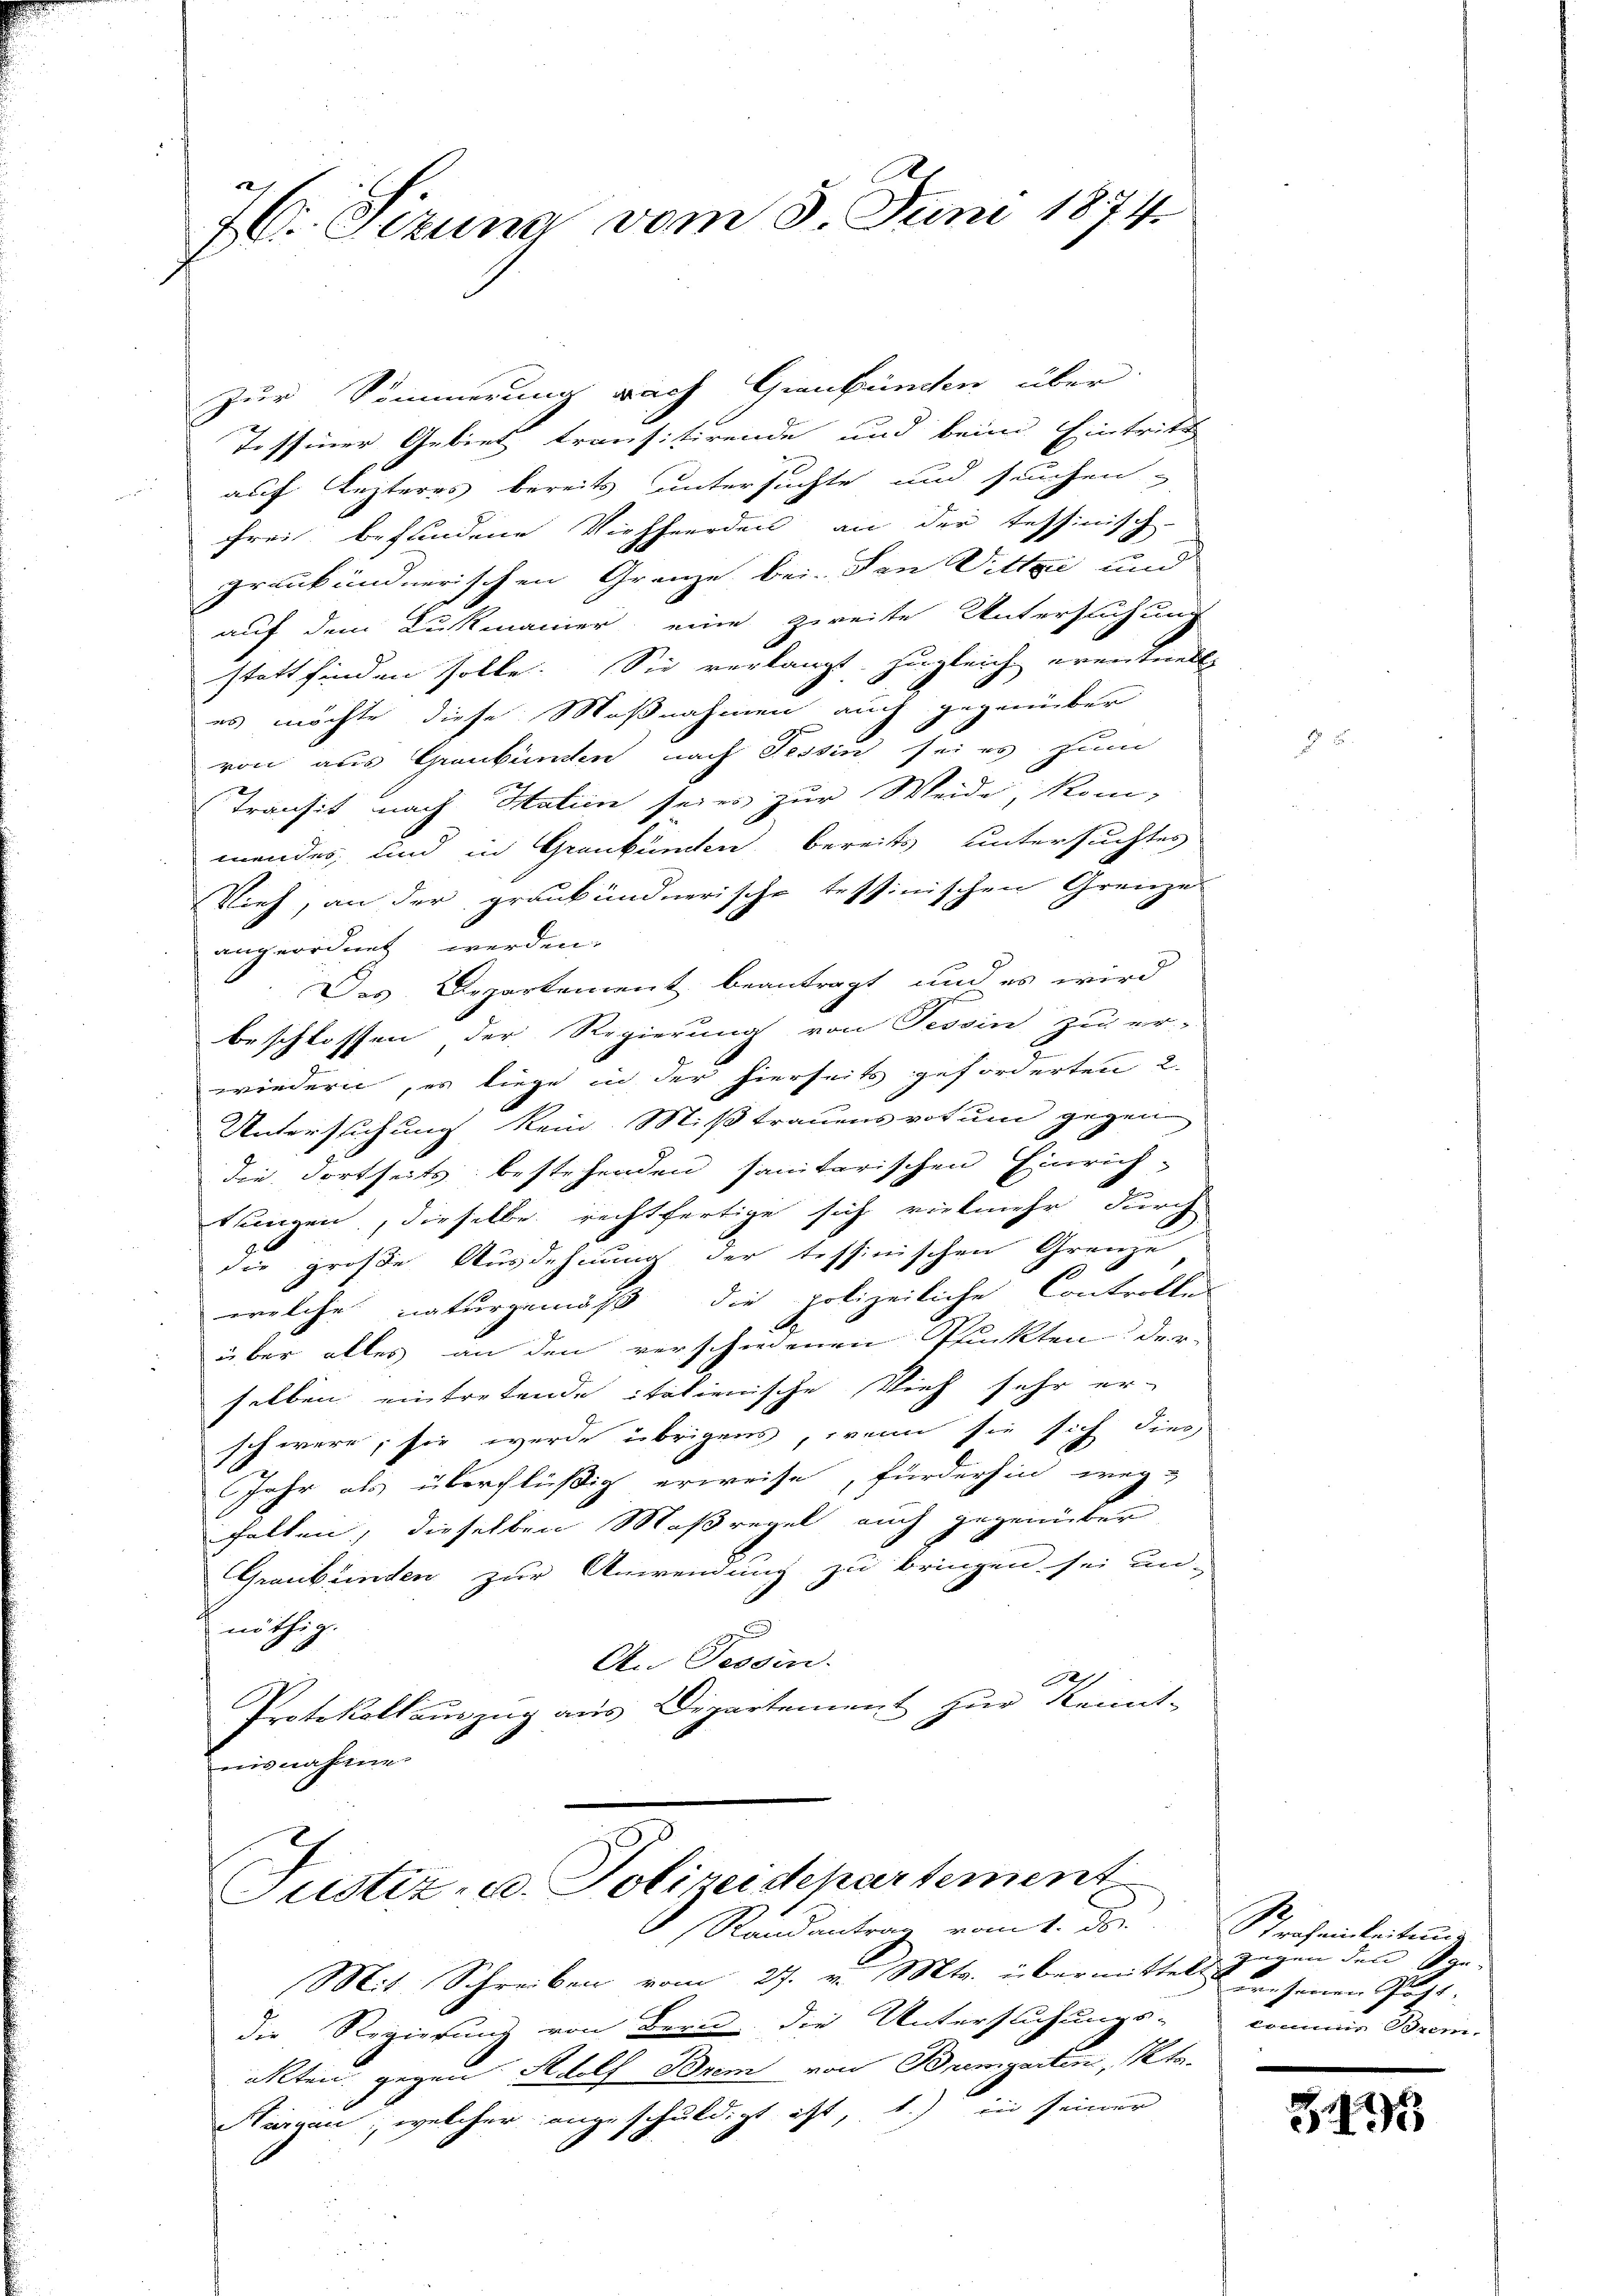
76. Sizung vom 8. Juni 1874.

Zur Simmerung nach Graubünden über
Tessiner Gebiet transitirende und beim Eintritt
auf Lezteres bereits untersuchte und suchen
frei befindene Viehheerden an der tessinisch-
graubündnerischen Grenze bei. Den Wittwe und
auf dem Lukmanier eine zweite Untersuchung
statt finden solle. Sie verlangt, zugleich eventuelle
es möchte diese Maßnahmen auch gegenüber
von aus Graubünden nach Tessin sei es zum
Transit nach Hation seien zur Weide, kom-
mendes, und in Graubünden bereits untersuchtes
Vieh, an der graubündnerische Tessinischen Grenze
angeordnet werden.
Das Departement beantragt, und es wird
beschlossen der Regierung von Tessin zu er-
wiedern, es liege in der hierseits geforderten 2.
Untersuchung kein Mißtrauens votum gegen
die dortseits bestehenden sanitarischen Einrichtungen, dieselbe rechtfertige sich vielmehr durch
die große Ausdehnung der tessinischen Grenze
welche naturgemäß die polizeiliche Controlle
über alles an den verschiedenen Punkten der
selben eintretende italienische Vieh sehr er-
schwere, sie werde übrigens, wenn sie sich dies
Jahr als überflüßig erweise, fürderhin weg-
falten, dieselben Maßregel auch gegenüber
Graubünden zur Anwendung zu bringen sei un-
nöthig.
2
An Tessin.
Das
Protokollauszug aus Departement zur Kennt-
nisnahme
Justiz- u. Polizeidepartement
 Randantrag vom 1. Der
Mit Schreiben vom 27. v. Mts. übermittels gegen den Kan-
die Regierung von Bern die Untersuchungs-
akten gegen Adolf Brem von Bremgarten, Sta
argen, welcher angeschuldigt ist, 1.) in seiner

Stroheinleitung
urnheren Post. |
komnes Bun-

395